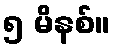
၅ မိနစ်။